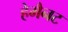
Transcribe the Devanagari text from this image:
हेमैनट